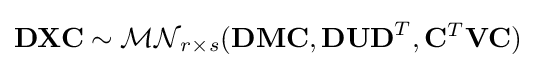
\mathbf {DXC} \sim {\mathcal {MN}}_{r\times s}(\mathbf {DMC} ,\mathbf {DUD} ^{T},\mathbf {C} ^{T}\mathbf {VC} )